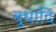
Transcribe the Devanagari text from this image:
बुधादि